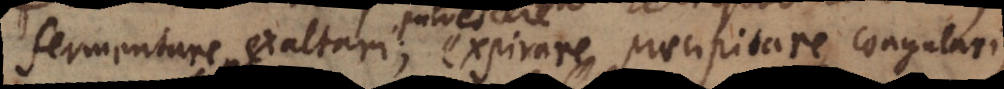
fermentare, exaltari,; expirare, praecipitare, coagulari,